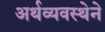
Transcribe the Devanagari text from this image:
अर्थव्यवस्थेने